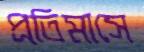
প্রতিমাসে